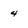
Character: 4